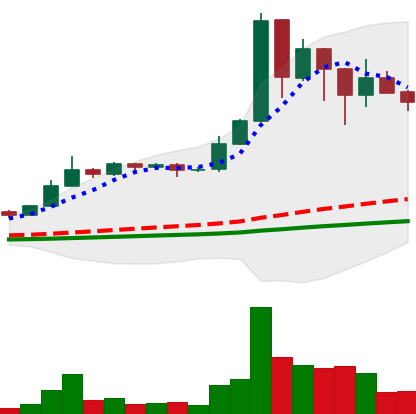
Ticker: BNB-USD
Chart end date: 2021-02-26
Forward return: 8.756%
Label: up_7plus